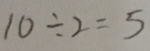
1 0 \div 2 = 5